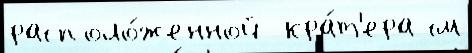
располо́женной  кра́т'ера см